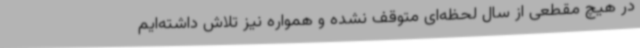
در هیچ مقطعی از سال لحظه‌ای متوقف نشده و همواره نیز تلاش داشته‌ایم